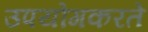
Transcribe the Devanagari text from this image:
उपयोगकरते